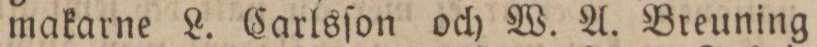
makarne L. Carlsſon och W. A. Breuning